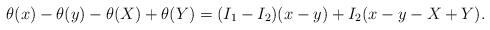
LaTeX: \begin{align*} \theta(x) - \theta(y) - \theta(X) + \theta(Y) = (I_1-I_2)(x-y) + I_2 (x-y-X+Y).\end{align*}